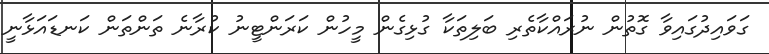
ގަވައިދުގައިވާ ގޮތުން ނުރައްކާތެރި ބަލިތަކާ ގުޅިގެން މީހުން ކަރަންޓީނު ކުރާނެ ތަންތަން ކަނޑައަޅާނީ